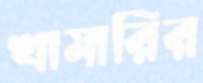
খামারির